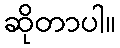
ဆိုတာပါ။